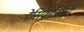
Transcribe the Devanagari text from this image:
रेसिप्रोसिटी